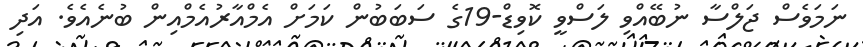
ނަމަވެސް ޖަލްސާ ނުބޭއްވި ލަސްވީ ކޮވިޑް-19ގެ ސަބަބުން ކަމަށް އެމްއާރުއެމްއިން ބުނެއެވެ. އަދި